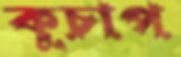
কুচাপ